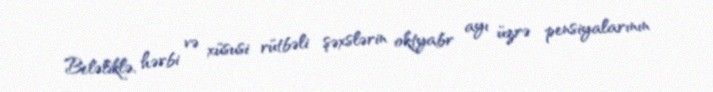
Beləliklə, hərbi və xüsusi rütbəli şəxslərin oktyabr ayı üzrə pensiyalarının